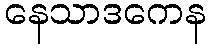
နေသာဒကေန